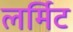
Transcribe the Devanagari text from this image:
लर्मिट